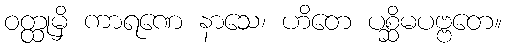
ဝတ္ထုမှိ ကာရဏေ နာသေ၊ ဟိတေ ပစ္ဆိမပဗ္ဗတေ။